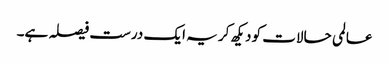
عالمی حالات کو دیکھ کر یہ ایک درست فیصلہ ہے۔